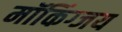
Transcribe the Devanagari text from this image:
मॉकिंग्जय